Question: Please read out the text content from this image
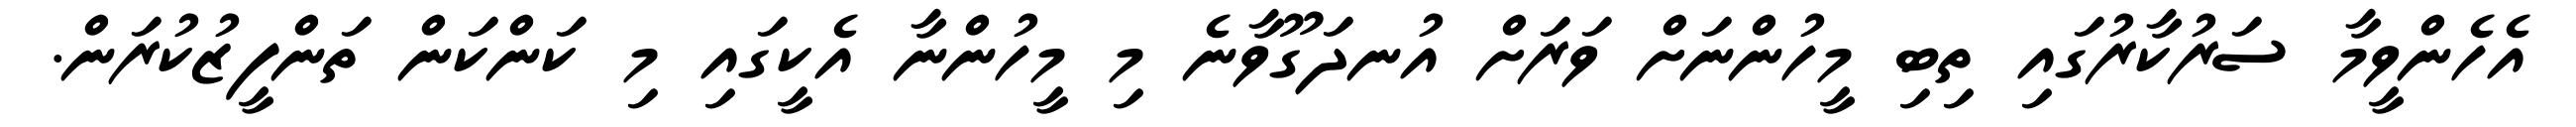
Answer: އެހެންވީމާ ސަރުކާރުގައި ތިބި މީހުންނަށް ވަރަށް އުނދަގޫވާނެ މި މީހުންނާ އެކީގައި މި ކަންކަން ތަންފީޒުކުރަން.